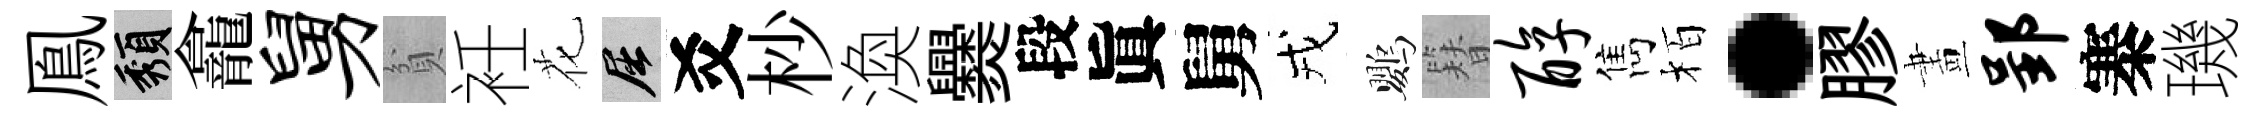
鳯頽龕舅貧衽花屈爻杪渙爨段眞舅戎鸚簪醇雋栢·膠畫郢寨璣